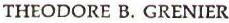
THEODORE B. GRENIER